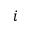
i